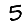
Digit: 5